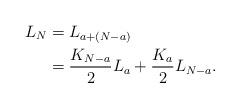
LaTeX: \begin{align*}L_N &= L_{a + (N-a)} \\& = \frac{ K_{ N-a} }{2} L_a + \frac{ K_a}{2} L_{N-a}. \end{align*}